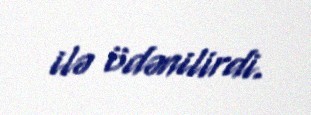
ilə ödənilirdi.